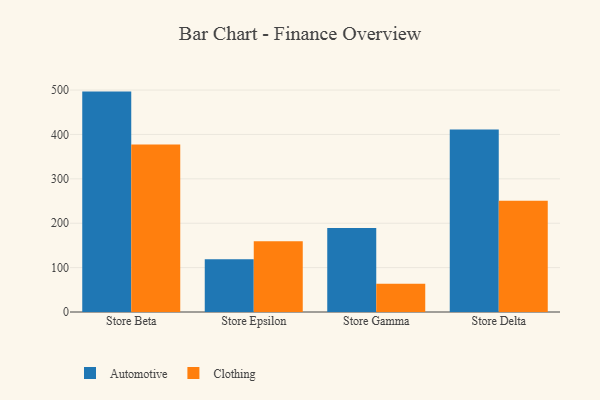
{"axis": {"x": "Store", "y": "Revenue (USD Million)"}, "legend": ["Automotive", "Clothing"], "data": [{"x": "Store Beta", "y": 496.5, "type": "Automotive"}, {"x": "Store Beta", "y": 377.4, "type": "Clothing"}, {"x": "Store Epsilon", "y": 118.8, "type": "Automotive"}, {"x": "Store Epsilon", "y": 159.4, "type": "Clothing"}, {"x": "Store Gamma", "y": 189.0, "type": "Automotive"}, {"x": "Store Gamma", "y": 63.5, "type": "Clothing"}, {"x": "Store Delta", "y": 411.1, "type": "Automotive"}, {"x": "Store Delta", "y": 250.7, "type": "Clothing"}]}